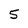
Character: 5